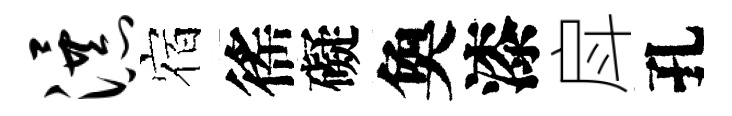
瀑宿徭礙奐漆戽孔